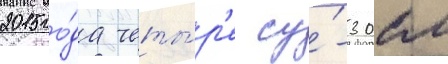
2015 го́да четы́р'е су́-30см